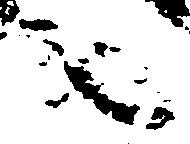
之